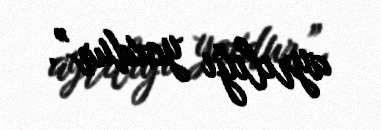
ayrılığı yoxdur”.